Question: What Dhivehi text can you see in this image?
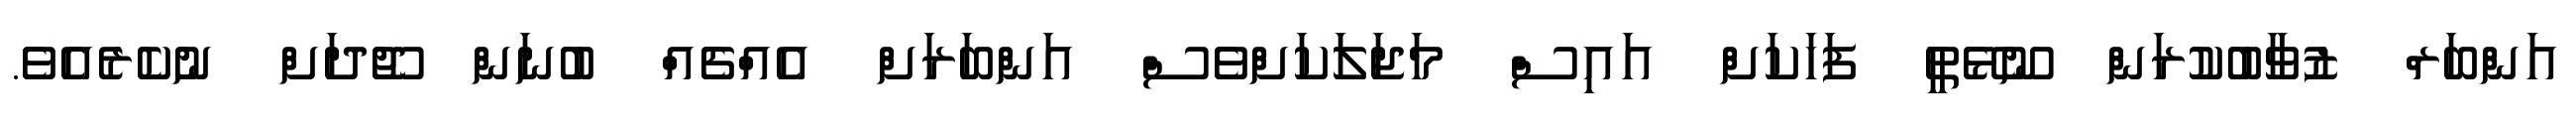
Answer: އަންބަރް ޒުވާބުކުރަން ނޫޅޭތީ ފަހަކަށް އައިސް މަޖަލަކަށްވެސް އަންބަރަށް އެއްޗެއް ބުނަން ޖޫދަށް ނުކެރެއެވެ.